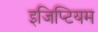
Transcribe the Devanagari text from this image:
इजिप्टियम